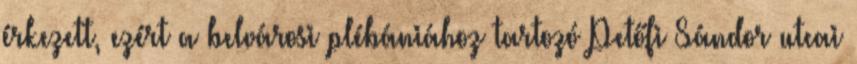
érkezett, ezért a belvárosi plébániához tartozó Petőfi Sándor utcai